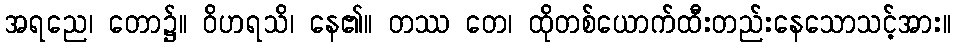
အရညေ၊ တော၌။ ဝိဟရသိ၊ နေ၏။ တဿ တေ၊ ထိုတစ်ယောက်ထီးတည်းနေသောသင့်အား။